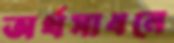
অর্থসাধনে